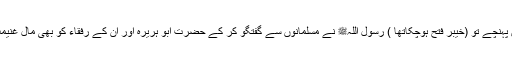
جب خدمت نبوی میں پہنچے تو (خیبر فتح ہوچکاتھا ) رسول اللہﷺ نے مسلمانوں سے گفتگو کر کے حضرت ابو ہریرہ اور ان کے رفقاء کو بھی مال غنیمت میں شریک کر لیا۔